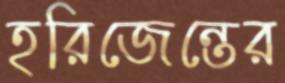
হরিজেন্তের